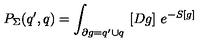
P _ { \Sigma } ( q ^ { \prime } , q ) = \int _ { \partial g = q ^ { \prime } \cup q } \ [ D g ] \ e ^ { - S [ g ] }